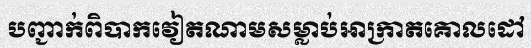
បញ្ជាក់ពិបាកវៀតណាមសម្លាប់អាក្រាតគោលដៅ